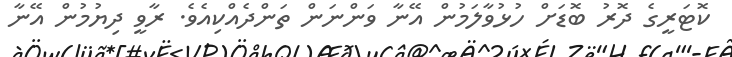
ކޮޓަރީގެ ދޮރު ބޮޑަށް ހުޅުވާލަމުން އޭނާ ވަންނަން ތަންދެއްކިއެވެ. ރާވީ ދިޔުމުން އޭނާ